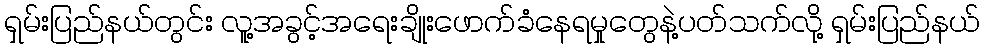
ရှမ်းပြည်နယ်တွင်း လူ့အခွင့်အရေးချိုးဖောက်ခံနေရမှုတွေနဲ့ပတ်သက်လို့ ရှမ်းပြည်နယ်